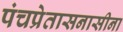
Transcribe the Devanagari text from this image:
पंचप्रेतासनासीना